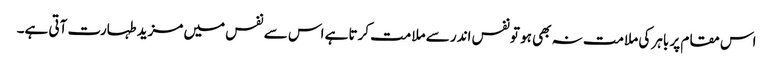
اس مقام پر باہر کی ملامت نہ بھی ہو تونفس اندر سے ملامت کرتا ہے اس سے نفس میں مزید طہارت آتی ہے۔